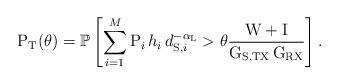
LaTeX: \begin{align*}\mathrm{P}_\mathrm{T}(\theta) = \mathbb{P}\left[\displaystyle\sum_{i=1}^M \mathrm{P}_i \, h_i \, d_{\mathrm{S},i}^{-\alpha_\mathrm{L}} > \theta \frac{\mathrm{W} + \mathrm{I}}{\mathrm{G}_{\mathrm{S,TX}}\,\mathrm{G}_{\mathrm{RX}}} \right].\end{align*}